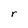
Character: r